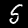
Digit: 5